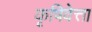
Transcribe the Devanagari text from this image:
कृषिवेत्ता